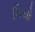
ગિયો